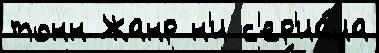
тонн Жанр н'и с'ер'иа́ла